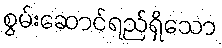
စွမ်းဆောင်ရည်ရှိသော